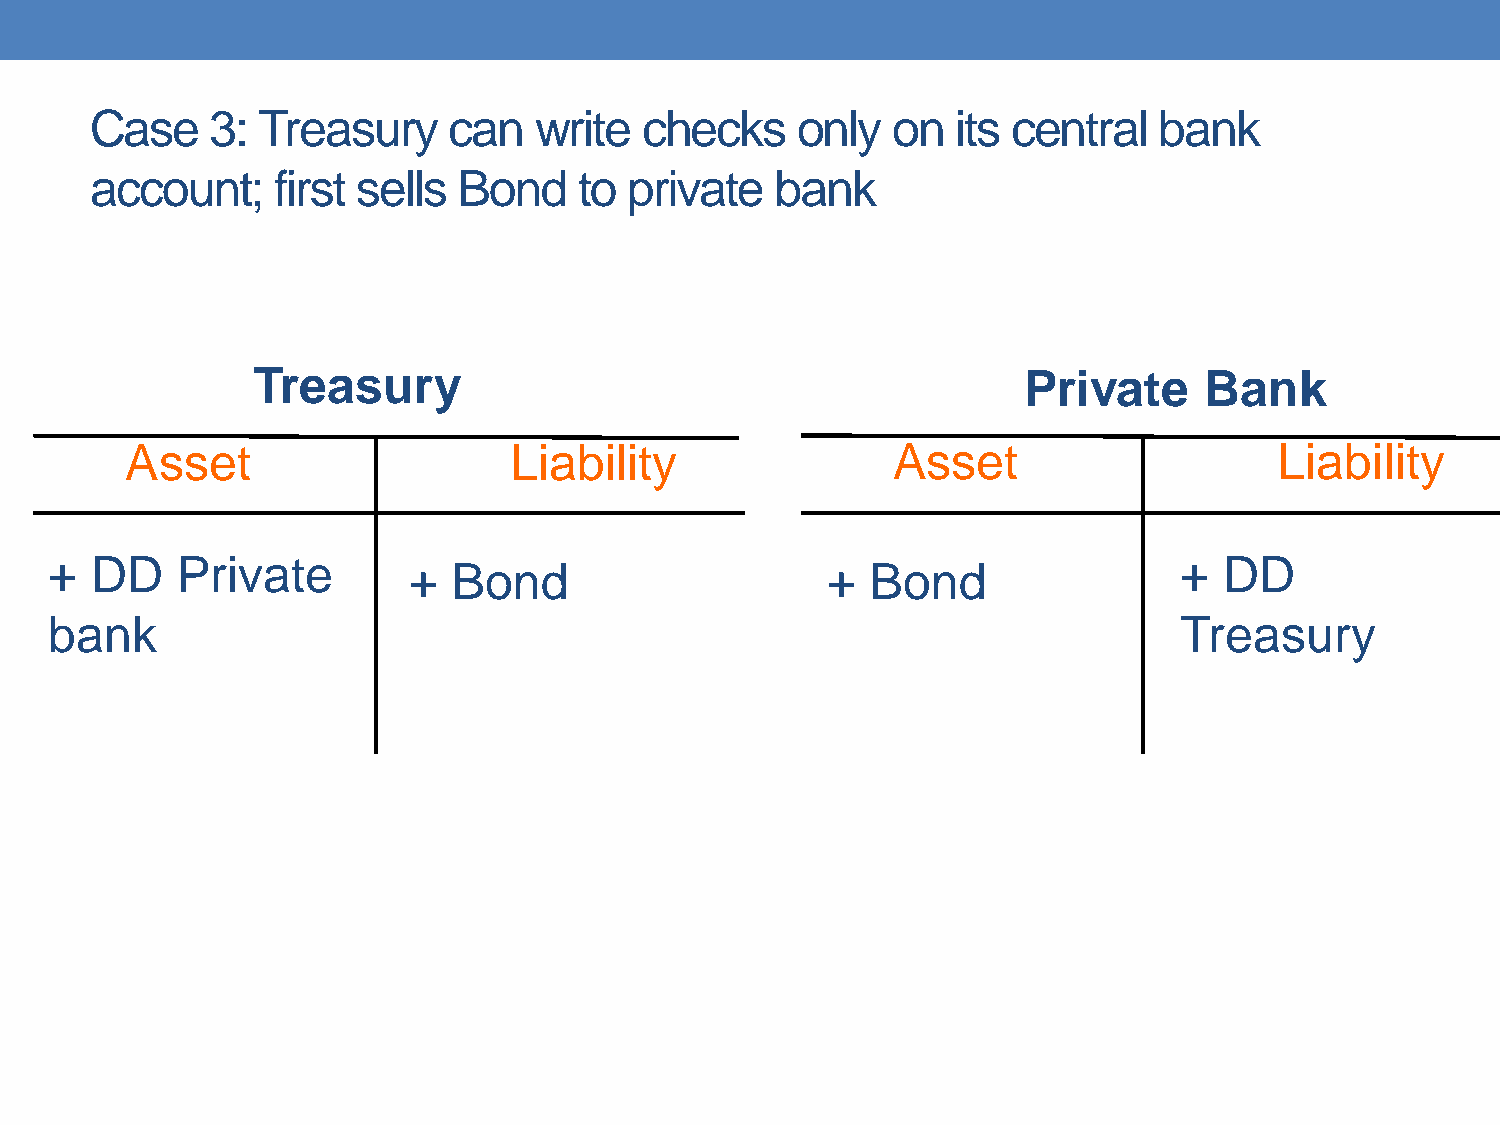
Case    3: Treasury     can  write   checks    only  on  its central   bank
 account;    first sells Bond    to  private  bank
 Treasury                                           Private     Bank
 Asset                     Liability                Asset                     Liability
 +  DD    Private                                                           +  DD
 +  Bond                     +  Bond
 bank                                                                       Treasury